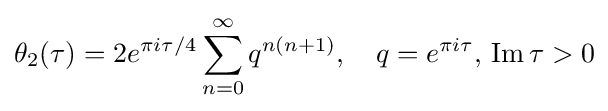
\theta _{2}(\tau )=2e^{\pi i\tau /4}\sum _{n=0}^{\infty }q^{n(n+1)},\quad q=e^{\pi i\tau },\,\operatorname {Im} \tau >0